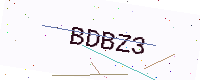
Text: BDBZ3